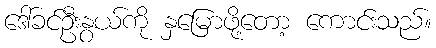
ဒေါ်ခင်ဦးနွယ်ကို နှမြောဖို့တော့ ကောင်းသည်။